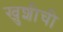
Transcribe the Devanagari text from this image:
खुशीची